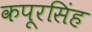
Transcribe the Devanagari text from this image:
कपूरसिंह